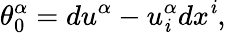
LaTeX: \theta_{0}^{\alpha}=du^{\alpha}-u_{\mathit{i}}^{\alpha}dx^{\mathit{i}},